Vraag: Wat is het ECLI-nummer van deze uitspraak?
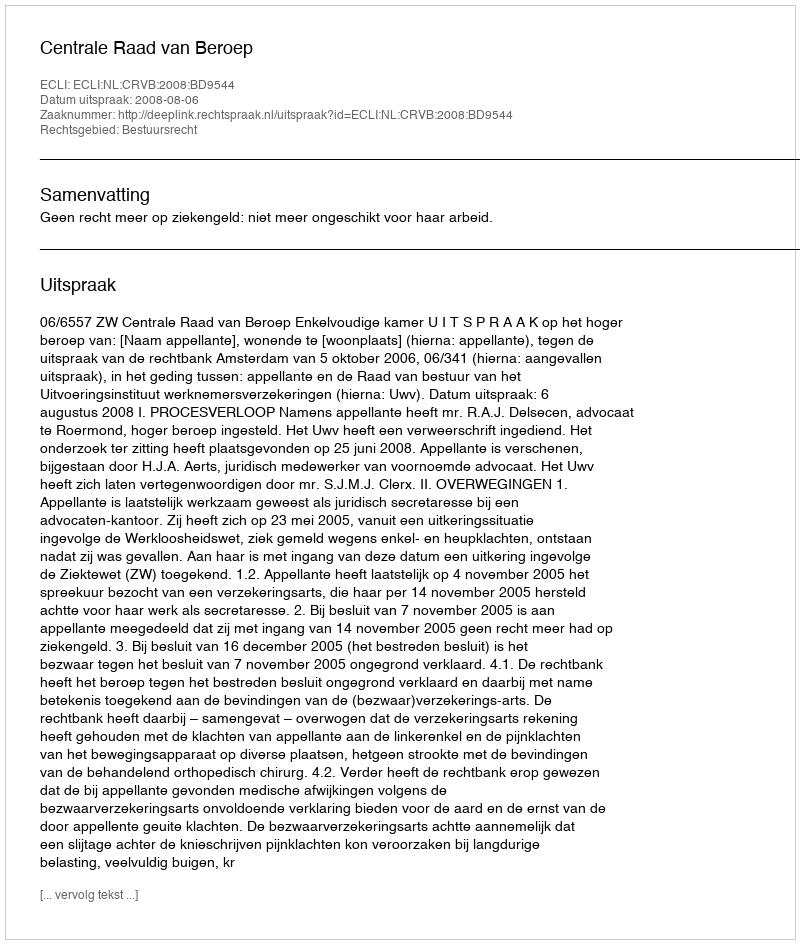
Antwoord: ECLI:NL:CRVB:2008:BD9544